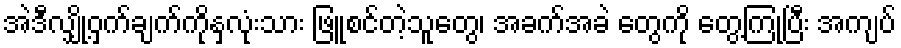
အဲဒီလျှို့ဝှက်ချက်ကိုနှလုံးသား ဖြူစင်တဲ့သူတွေ၊ အခက်အခဲ တွေကို တွေ့ကြုံပြီး အကျပ်